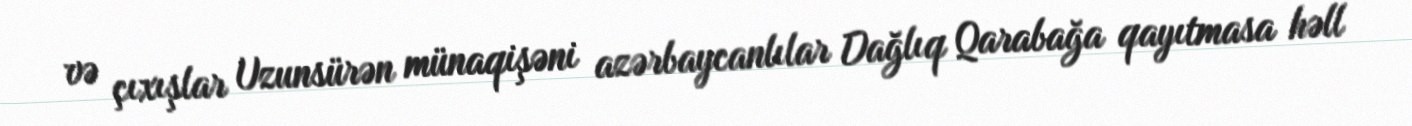
və çıxışlar Uzunsürən münaqişəni azərbaycanlılar Dağlıq Qarabağa qayıtmasa həll